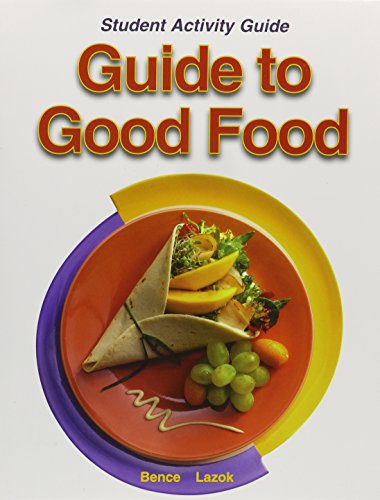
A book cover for Guide to Good Food - Student Activity Guide; Velda Largen and Deborah Bence; Teen & Young Adult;